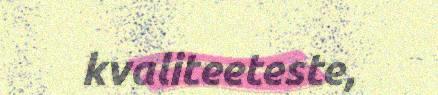
kvaliteeteste,